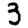
Digit: 3